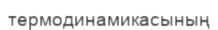
термодинамикасының